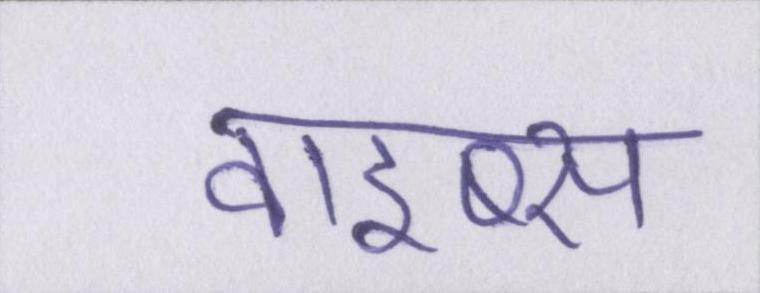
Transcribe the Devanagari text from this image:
वाइब्स